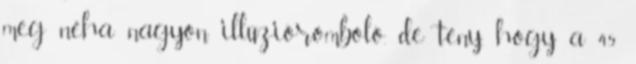
meg néha nagyon illúzióromboló. de tény, hogy a 45